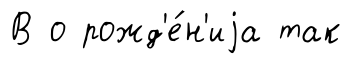
В о рожд'е́н'иjа так